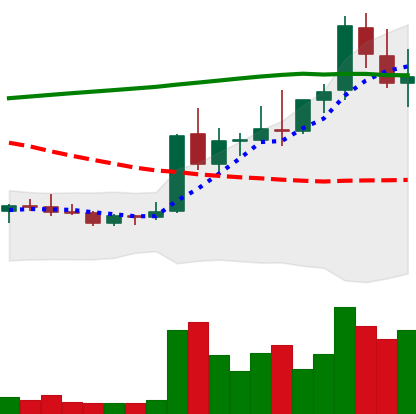
Ticker: DOGE-USD
Chart end date: 2021-08-18
Forward return: 4.667%
Label: up_3_5